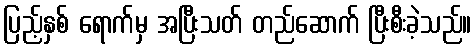
ပြည့်နှစ် ရောက်မှ အပြီးသတ် တည်ဆောက် ပြီးစီးခဲ့သည်။